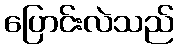
ပြောင်းလဲသည်